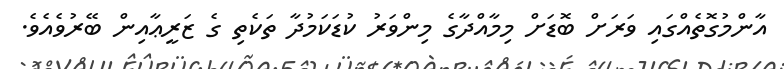
އާންމުގޮތެއްގައި ވަރަށް ބޮޑަށް މިމާއްދާގެ މިންވަރު ކުޑަކަމުދާ ތަކެތި ގެ ޒަރީޢާއިން ބޭރުވެއެވެ.